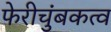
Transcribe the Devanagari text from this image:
फेरीचुंबकत्व